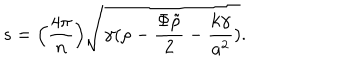
s = \Big ( { \frac { 4 \pi } { n } } \Big ) \sqrt { \gamma ( \rho - { \frac { \Phi \tilde { \rho } } { 2 } } - { \frac { k \gamma } { a ^ { 2 } } } ) } .